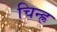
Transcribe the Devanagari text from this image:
चिन्ह्र